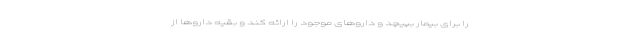
را برای بیمار بپیچد و داروهای موجود را ارائه کند و بقیه داروها از